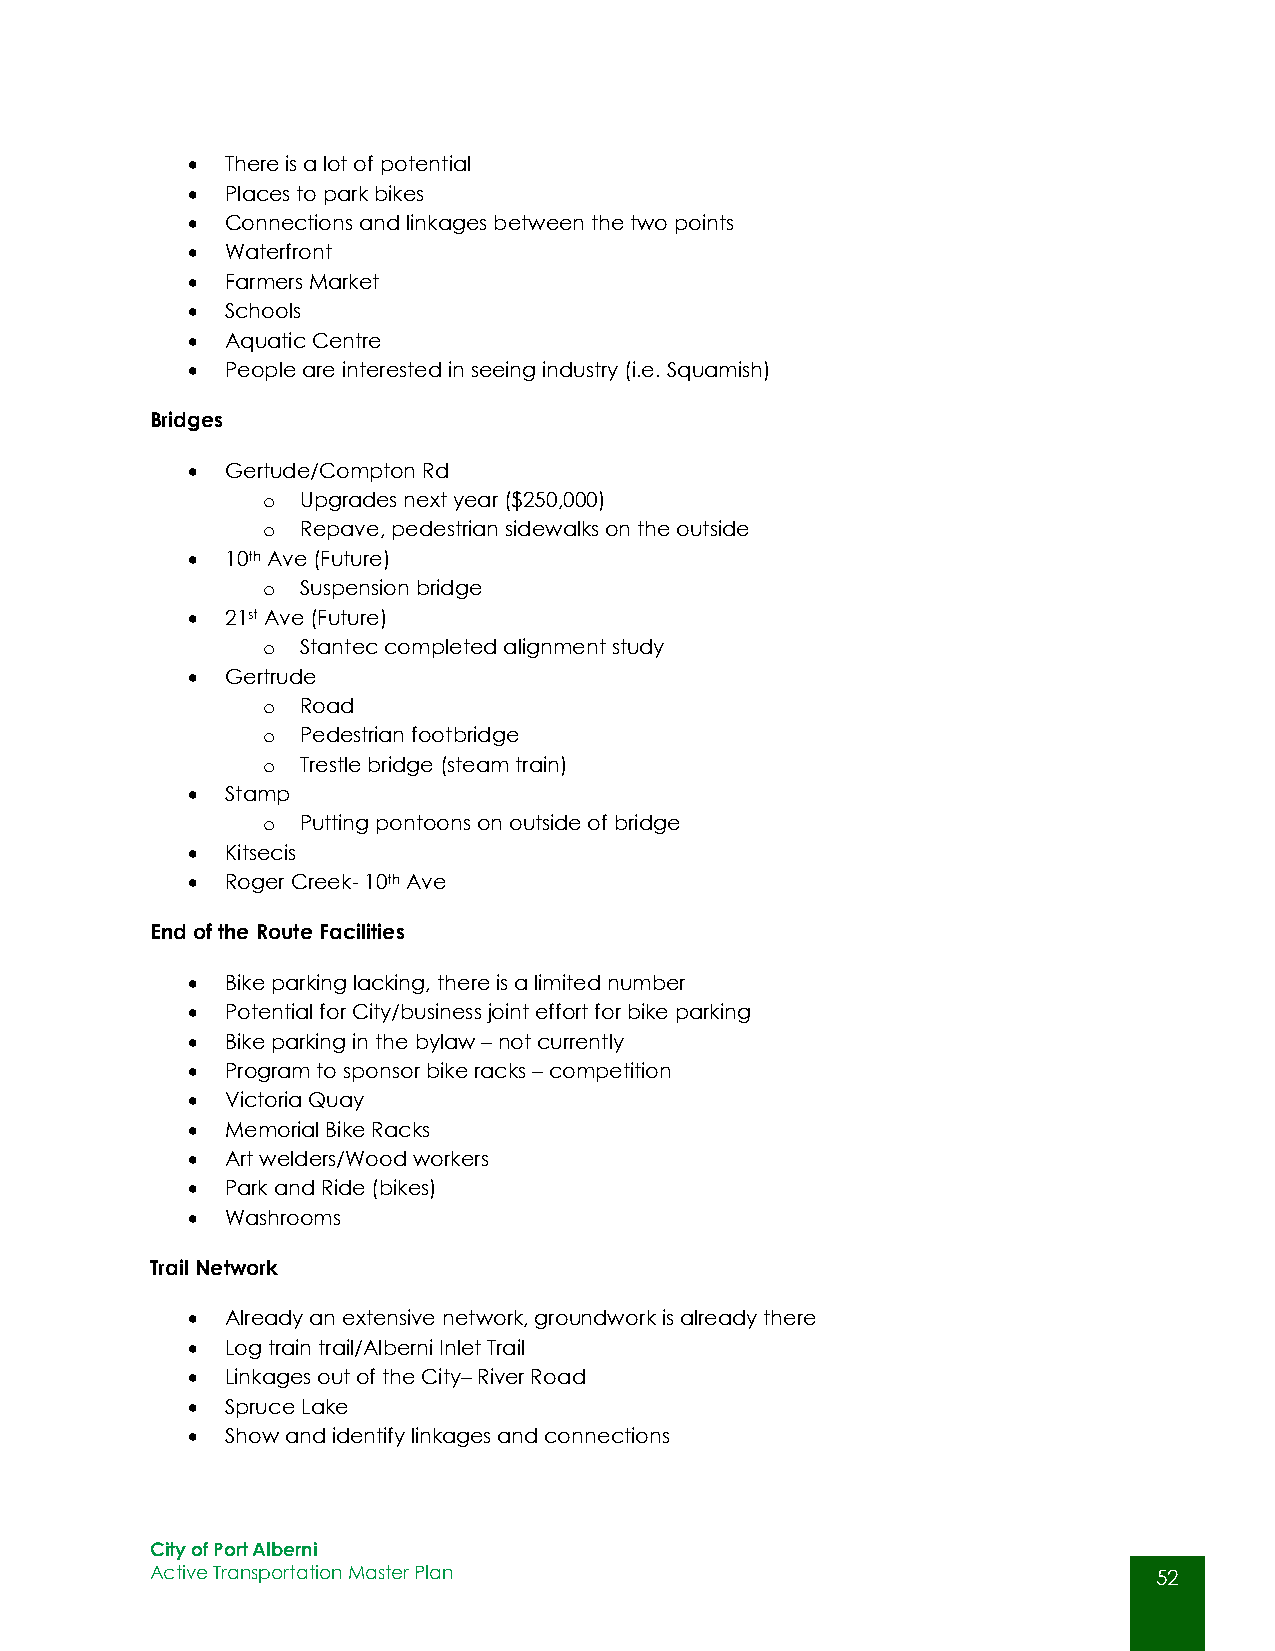
  There is a lot of potential
   Places to park bikes
   Connections and linkages between the two points
   Waterfront
   Farmers Market
   Schools
   Aquatic Centre
   People are interested in seeing industry (i.e. Squamish)
 Bridges
   Gertude/Compton Rd
 o  Upgrades next year ($250,000)
 o  Repave, pedestrian sidewalks on the outside
   10th Ave (Future)
 o  Suspension bridge
   21st Ave (Future)
 o  Stantec completed alignment study
   Gertrude
 o  Road
 o  Pedestrian footbridge
 o  Trestle bridge (steam train)
   Stamp
 o  Putting pontoons on outside of bridge
   Kitsecis
   Roger Creek- 10th Ave
 End of the Route Facilities
   Bike parking lacking, there is a limited number
   Potential for City/business joint effort for bike parking
   Bike parking in the bylaw – not currently
   Program to sponsor bike racks – competition
   Victoria Quay
   Memorial Bike Racks
   Art welders/Wood workers
   Park and Ride (bikes)
   Washrooms
 Trail Network
   Already an extensive network, groundwork is already there
   Log train trail/Alberni Inlet Trail
   Linkages out of the City– River Road
   Spruce Lake
   Show and identify linkages and connections
 City of Port Alberni
 Active Transportation Master Plan                                  52
 52